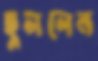
ছুললেন